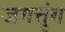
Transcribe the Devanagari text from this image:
जगत्तुंग